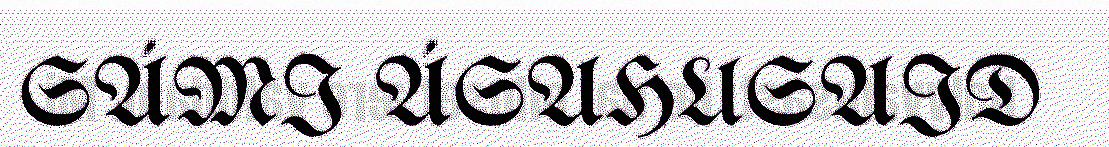
SÁMI ÁSAHUSAID